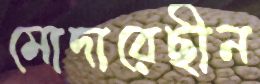
মোদারেছীন